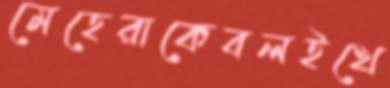
মেহেরাকেবলইখে